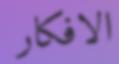
الافكار